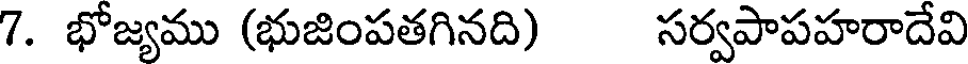
7. భోజ్యము (భుజింపతగినది) సర్వపాపహరాదేవి